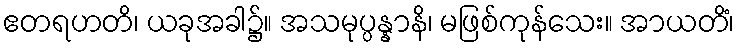
ဧတရဟတိ၊ ယခုအခါ၌။ အသမုပ္ပန္နာနိ၊ မဖြစ်ကုန်သေး။ အာယတိံ၊